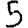
Digit: 5